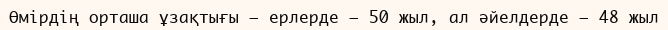
Өмірдің орташа ұзақтығы – ерлерде – 50 жыл, ал әйелдерде – 48 жыл